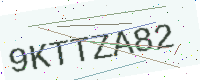
Text: 9KTTZA82